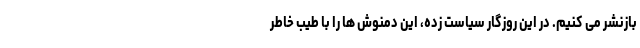
بازنشر می کنیم. در این روزگار سیاست زده، این دمنوش ها را با طیب خاطر